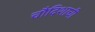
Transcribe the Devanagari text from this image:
चौदिशाची